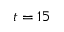
t = 1 5